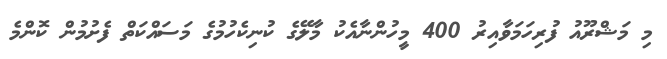
މި މަޝްރޫއު ފުރިހަމަވާއިރު 400 މީހުންނާއެކު މާލޭގެ ކުނިކެހުމުގެ މަސައްކަތް ފެށުމުން ކޮންމެ